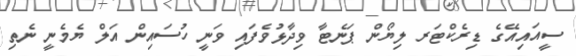
ސީއައިއޭގެ ޑިރެކްޓަރ ލިޔޯން ޕަނެޓާ ވިދާޅުވެފައި ވަނީ ހުސައިން އަލް ޔެމެނީ ނެތި